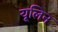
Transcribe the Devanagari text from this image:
यूलिन